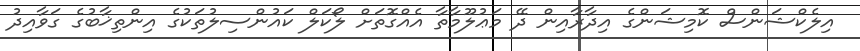
އިލެކްޝަންސް ކޮމިޝަންގެ އިދާރާއިން ދޭ މަޢުލޫމާތާ އެއްގޮތަށް ލޯކަލް ކައުންސިލުތަކުގެ އިންތިޚާބުގެ ގަވާއިދު